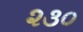
૨૩૦